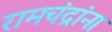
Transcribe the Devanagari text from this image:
रामचंद्रांना